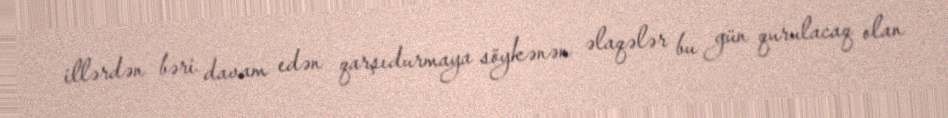
illərdən bəri davam edən qarşıdurmaya söykənən əlaqələr bu gün qurulacaq olan